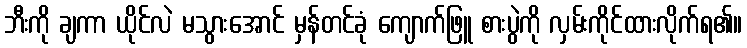
ဘီးကို ချကာ ယိုင်လဲ မသွားအောင် မှန်တင်ခုံ ကျောက်ဖြူ စားပွဲကို လှမ်းကိုင်ထားလိုက်ရ၏။